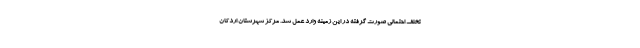
تخلف احتمالی صورت گرفته در این زمینه وارد عمل شد. مرکز شهرستان اردکان